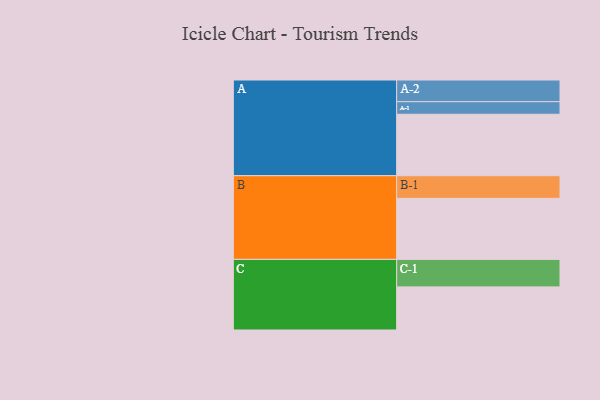
{"axis": {"x": "Segment", "y": "Value"}, "legend": ["", "A", "B", "C"], "data": [{"x": "A", "y": 556, "type": ""}, {"x": "B", "y": 552, "type": ""}, {"x": "C", "y": 390, "type": ""}, {"x": "A-1", "y": 114, "type": "A"}, {"x": "A-2", "y": 196, "type": "A"}, {"x": "B-1", "y": 205, "type": "B"}, {"x": "C-1", "y": 249, "type": "C"}]}